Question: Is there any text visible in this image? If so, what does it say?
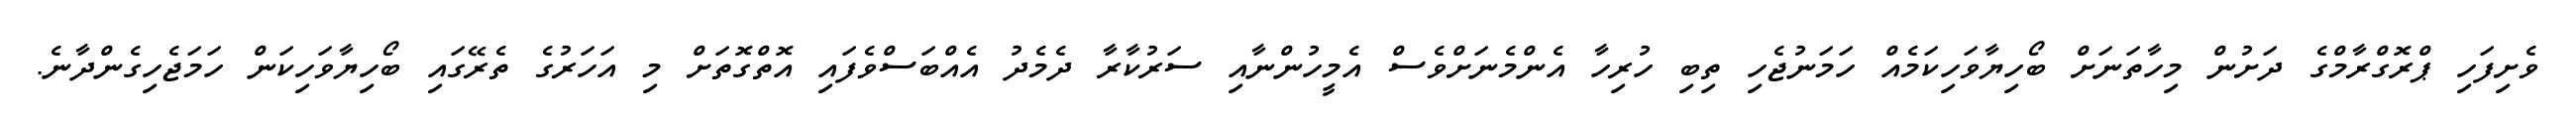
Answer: ވެށިފަހި ޕްރޮގްރާމްގެ ދަށުން މިހާތަނަށް ބޯހިޔާވަހިކަމެއް ހަމަނުޖެހި ތިބި ހުރިހާ އެންމެނަށްވެސް އެމީހުންނާއި ސަރުކާރާ ދެމެދު އެއްބަސްވެފައި އޮތްގޮތަށް މި އަހަރުގެ ތެރޭގައި ބޯހިޔާވަހިކަން ހަމަޖެހިގެންދާނެ.